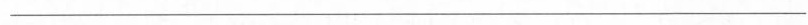
___